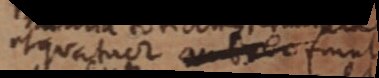
et quatuor amber sunt